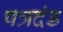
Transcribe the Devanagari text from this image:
पत्रदंड